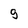
Character: 9